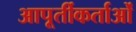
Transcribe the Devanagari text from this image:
आपूर्तीकर्ताओं